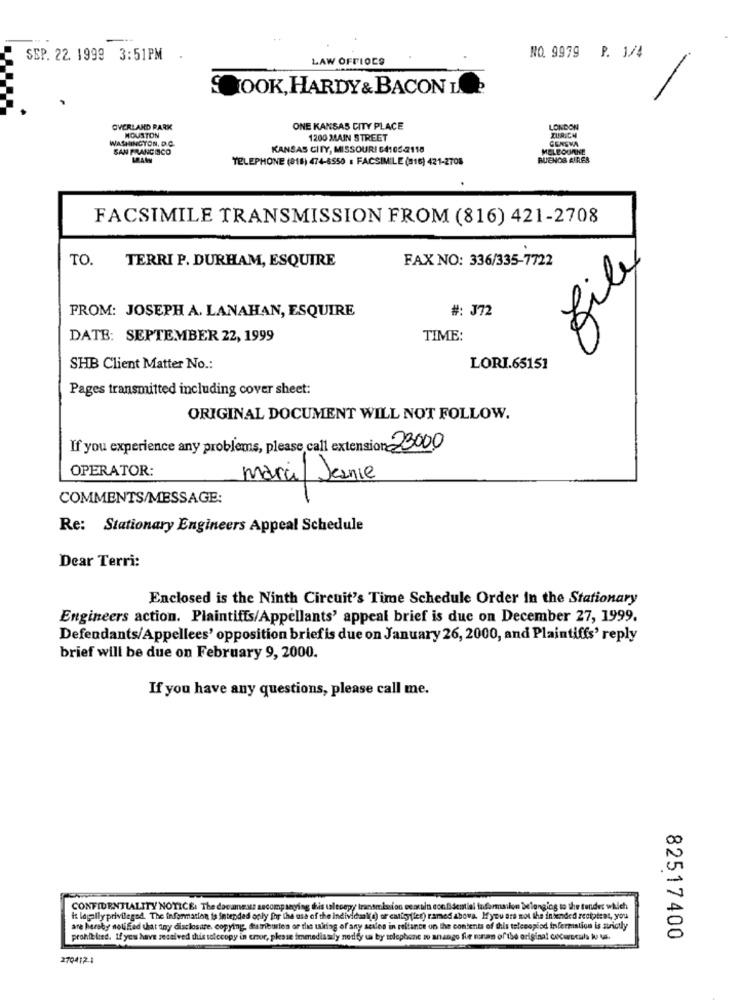
---
SEP. 22. 1999 3:51PM
LAW OFFICES
NO. 9979 P. 1/4
OOK, HARDY & BACON I.
OVERLAND PARK
ONE KANSAS CITY PLACE
LONDON
WASHINGTON, D.C.
MOUSTON
1200 MAIN STREET
GENEVA
ZURICH
SAN FRANCISCO
KANSAS CITY, MISSOURI 64105-2118
MELBOURNE
TELEPHONE (818) 474-6550 : FACSIMILE (816) 421-2708
BUENOS AIRES
FACSIMILE TRANSMISSION FROM (816) 421-2708
TO.
TERRI P. DURHAM, ESQUIRE
FAX NO: 336/335-7722
fily
FROM: JOSEPH A. LANAHAN, ESQUIRE
#: J72
DATE: SEPTEMBER 22, 1999
TIME:
SHB Client Matter No .:
LORI.65151
Pages transmitted including cover sheet:
ORIGINAL DOCUMENT WILL NOT FOLLOW.
If you experience any problems, please call extension 23000
OPERATOR:
marcil Jeanie
COMMENTS/MESSAGE:
Re: Stationary Engineers Appeal Schedule
Dear Terri:
Enclosed is the Ninth Circuit's Time Schedule Order In the Stationary
Engineers action. Plaintiffs/Appellants' appeal brief is due on December 27, 1999.
Defendants/Appellees' opposition briefis due on January 26, 2000, and Plaintiffs' reply
brief will be due on February 9, 2000.
If you have any questions, please call me.
CONFIDENTIALITY NOTICE: The documents secomp saying this tlecopy transmiudon ecoruin confidential faformailon belonging to the tunder which
i legally privileged. The information is intended only for the use of the individual(s) or entity fier) named above. Myou are not the intended recipient, you
are hereby notified that any disclosure, copying, @atriburien or the taking of any seules in reliance on the contents of this telecopied infermiation is strictly
prohibited. If you have received this solccopy in cor, please immediasly nedf u by solophone w
go fir ronan ofthe original cocucala ko Vs.
82517400
2704121